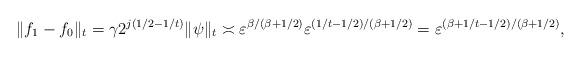
LaTeX: \begin{align*}\|f_1-f_0\|_t = \gamma2^{j(1/2-1/t)}\|\psi\|_t \asymp \varepsilon^{\beta/(\beta+1/2)} \varepsilon^{(1/t-1/2)/(\beta+1/2)} = \varepsilon^{(\beta+1/t-1/2)/(\beta+1/2)},\end{align*}